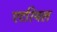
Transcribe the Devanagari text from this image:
एटरियल